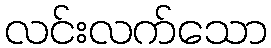
လင်းလက်သော